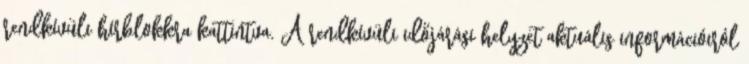
rendkívüli hírblokkra kattintva. A rendkívüli időjárási helyzet aktuális információiról